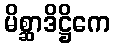
မိစ္ဆာဒိဋ္ဌိကေ